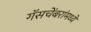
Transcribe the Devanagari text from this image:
गॅसचेंबरांमध्ये